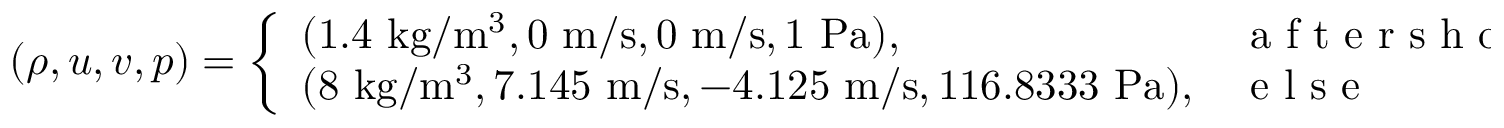
( \rho , u , v , p ) = \left\{ \begin{array} { l l } { ( 1 . 4 \mathrm { ~ k g } / \mathrm { m } ^ { 3 } , 0 \mathrm { ~ m } / \mathrm { s } , 0 \mathrm { ~ m } / \mathrm { s } , 1 \mathrm { ~ P a } ) , } & { \mathrm { ~ a ~ f ~ t ~ e ~ r ~ s ~ h ~ o ~ c ~ k ~ } } \\ { ( 8 \mathrm { ~ k g } / \mathrm { m } ^ { 3 } , 7 . 1 4 5 \mathrm { ~ m } / \mathrm { s } , - 4 . 1 2 5 \mathrm { ~ m } / \mathrm { s } , 1 1 6 . 8 3 3 3 \mathrm { ~ P a } ) , } & { \mathrm { ~ e ~ l ~ s ~ e ~ } } \end{array} \right.